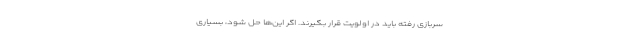
سربازی رفته باید در اولویت قرار بگیرند. اگر این‌ها حل شود، بسیاری